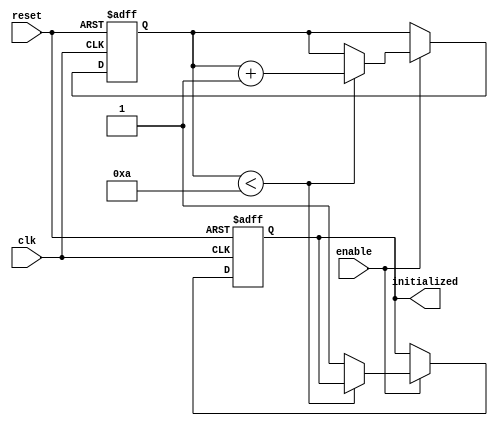
module ClockCycleInitialization (
    input wire clk,          // Clock signal
    input wire reset,        // Active-high reset signal
    input wire enable,       // Control signal for initialization
    output reg initialized    // Flag indicating successful initialization
);

    // Internal state variable to track initialization progress
    reg [3:0] init_counter;  // Counter to track the number of clock cycles for initialization
    parameter INIT_CYCLES = 4'd10; // Define the number of cycles for initialization

    // State machine for initialization
    always @(posedge clk or posedge reset) begin
        if (reset) begin
            // Reset state
            initialized <= 1'b0; // Deassert initialized flag
            init_counter <= 4'd0; // Reset counter
        end else if (enable) begin
            // If enable is high, manage initialization
            if (init_counter < INIT_CYCLES) begin
                init_counter <= init_counter + 1; // Increment counter
            end else begin
                initialized <= 1'b1; // Assert initialized flag after completion
            end
        end
    end

endmodule